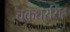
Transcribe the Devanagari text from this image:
चक्रधरसिंह